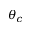
\theta _ { c }